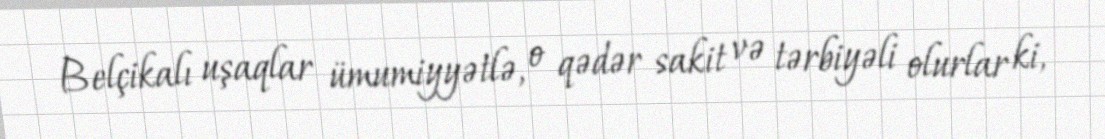
Belçikalı uşaqlar ümumiyyətlə, o qədər sakit və tərbiyəli olurlar ki,